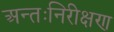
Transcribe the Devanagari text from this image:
अन्तःनिरीक्षण